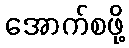
အောက်စဖို့